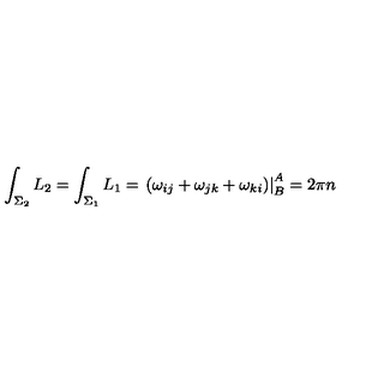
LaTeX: \int _ { \Sigma _ { 2 } } L _ { 2 } = \int _ { \Sigma _ { 1 } } L _ { 1 } = \displaystyle \left. ( \omega _ { i j } + \omega _ { j k } + \omega _ { k i } ) \right| _ { B } ^ { A } = 2 \pi n